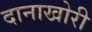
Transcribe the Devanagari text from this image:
दानाखोरी